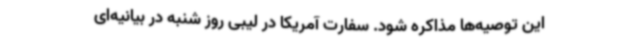
این توصیه‌ها مذاکره شود. سفارت آمریکا در لیبی روز شنبه در بیانیه‌ای